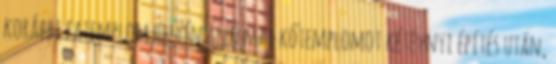
korábbi fatemplom helyén álló mai kőtemplomot kétévnyi építés után,